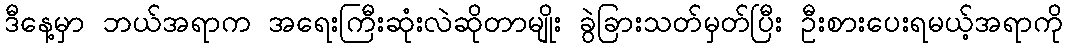
ဒီနေ့မှာ ဘယ်အရာက အရေးကြီးဆုံးလဲဆိုတာမျိုး ခွဲခြားသတ်မှတ်ပြီး ဦးစားပေးရမယ့်အရာကို